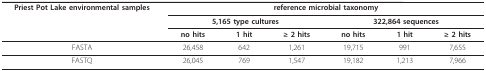
<table><thead><tr><td><b>Priest Pot Lake environmental samples</b></td><td colspan="6"><b>reference microbial taxonomy</b></td></tr><tr><td></td><td colspan="3"><b>5,165 type cultures</b></td><td colspan="3"><b>322,864 sequences</b></td></tr><tr><td></td><td><b>no hits</b></td><td><b>1 hit</b></td><td><b>≥ 2 hits</b></td><td><b>no hits</b></td><td><b>1 hit</b></td><td><b>≥ 2 hits</b></td></tr></thead><tbody><tr><td>FASTA</td><td>26,458</td><td>642</td><td>1,261</td><td>19,715</td><td>991</td><td>7,655</td></tr><tr><td>FASTQ</td><td>26,045</td><td>769</td><td>1,547</td><td>19,182</td><td>1,213</td><td>7,966</td></tr></tbody></table>